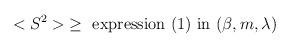
LaTeX: \begin{align*}<S^2>\; \ge \mbox{ expression (1) in } (\beta, m, \lambda)\end{align*}